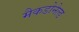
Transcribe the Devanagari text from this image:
मैकडोनेल्ड